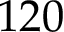
1 2 0